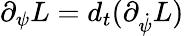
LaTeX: \partial_{\psi}L=d_{t}(\partial_{\dot{\psi}}L)